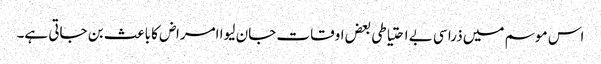
اس موسم میں ذرا سی بے احتیاطی بعض اوقات جان لیوا امراض کا باعث بن جاتی ہے۔